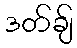
ဒတ်ချ်